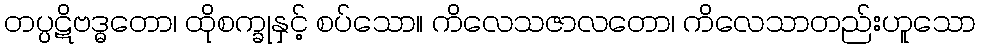
တပ္ပဋိဗဒ္ဓတော၊ ထိုစက္ခုနှင့် စပ်သော။ ကိလေသဇာလတော၊ ကိလေသာတည်းဟူသော